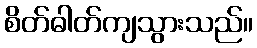
စိတ်ဓါတ်ကျသွားသည်။